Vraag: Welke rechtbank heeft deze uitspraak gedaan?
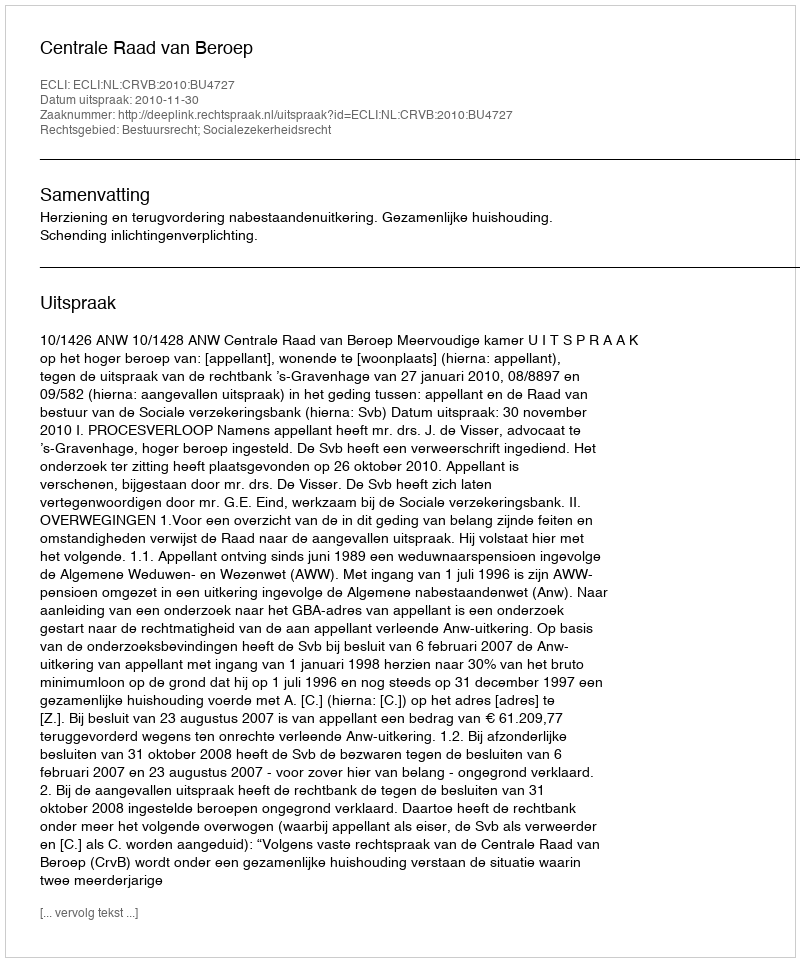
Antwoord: Centrale Raad van Beroep